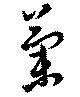
蘭